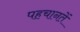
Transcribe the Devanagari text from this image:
पहचानतें